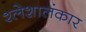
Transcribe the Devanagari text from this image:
श्लेशालंकार